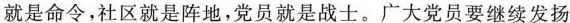
就是命令，社区就是阵地，党员就是战士。广大党员要继续发扬